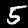
Digit: 5